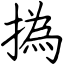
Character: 撝